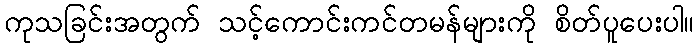
ကုသခြင်းအတွက် သင့်ကောင်းကင်တမန်များကို စိတ်ပူပေးပါ။